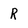
Character: R